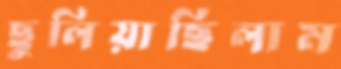
ছুলিয়াছিলাম